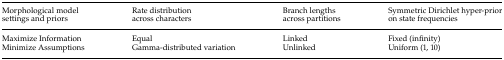
<table><thead><tr><td><b>Morphological model settings and priors</b></td><td><b>Rate distribution across characters</b></td><td><b>Branch lengths across partitions</b></td><td><b>Symmetric Dirichlet hyper-prior on state frequencies</b></td></tr></thead><tbody><tr><td>Maximize Information</td><td>Equal</td><td>Linked</td><td>Fixed (infinity)</td></tr><tr><td>Minimize Assumptions</td><td>Gamma-distributed variation</td><td>Unlinked</td><td>Uniform (1, 10)</td></tr></tbody></table>